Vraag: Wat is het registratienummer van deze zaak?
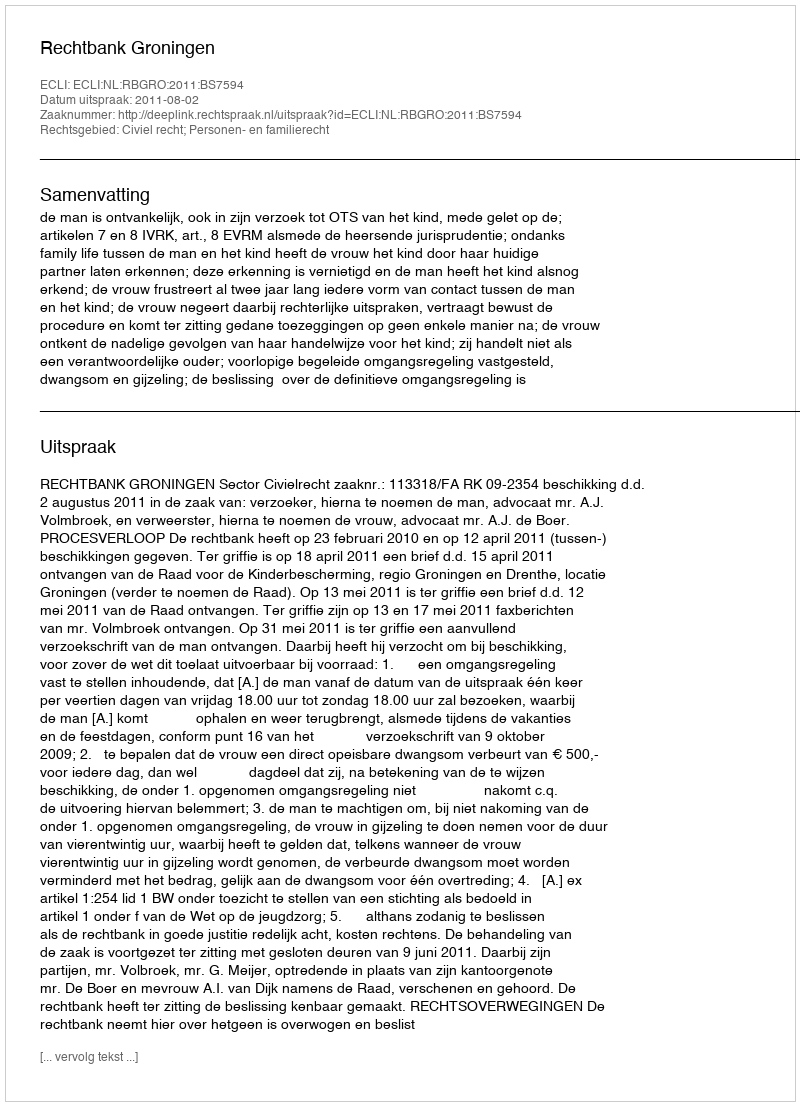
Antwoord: http://deeplink.rechtspraak.nl/uitspraak?id=ECLI:NL:RBGRO:2011:BS7594